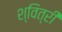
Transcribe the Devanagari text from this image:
श्वित्री